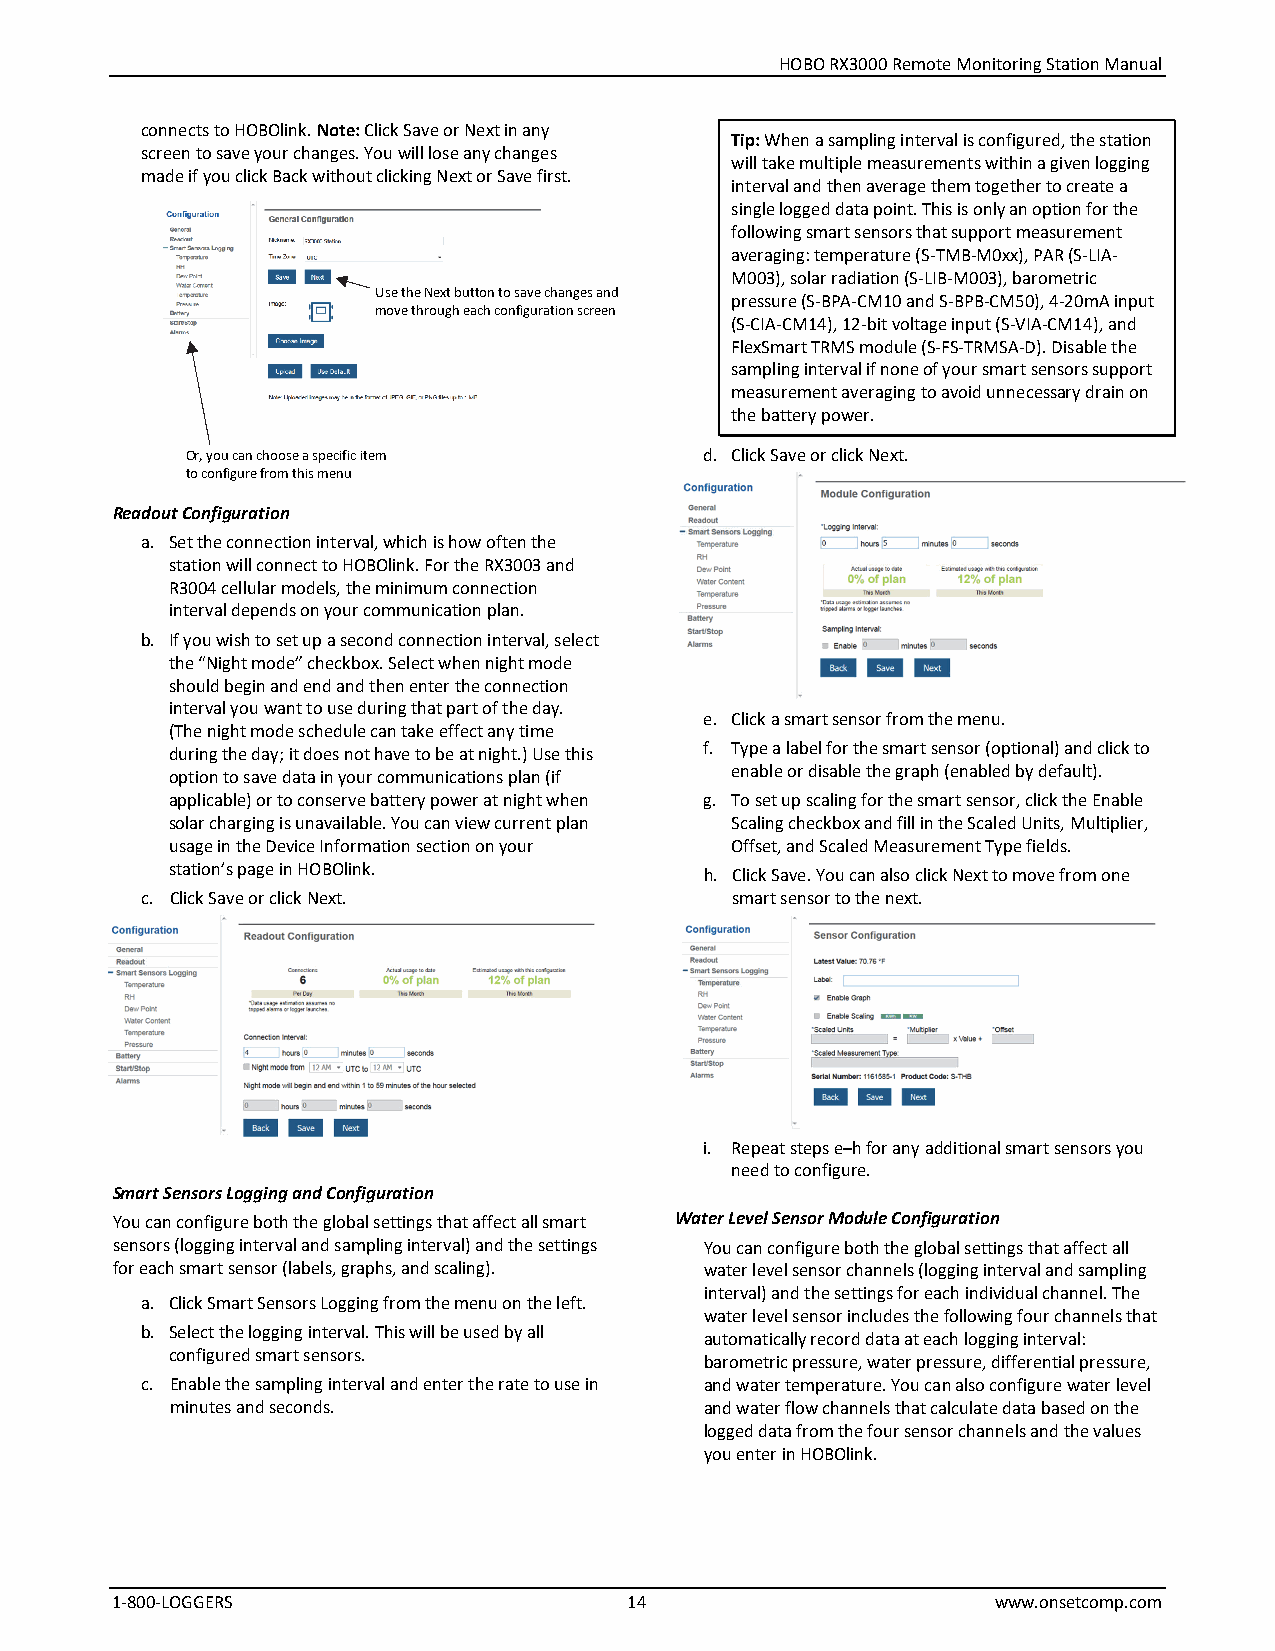
HOBO RX3000 Remote Monitoring Station Manual
 connects to HOBOlink. Note: Click Save or Next in any
 Tip: When a sampling interval is configured, the station
 screen to save your changes. You will lose any changes
 will take multiple measurements within a given logging
 made if you click Back without clicking Next or Save first.
 interval and then average them together to create a
 single logged data point. This is only an option for the
 following smart sensors that support measurement
 averaging: temperature (S-TMB-M0xx), PAR (S-LIA-
 M003), solar radiation (S-LIB-M003), barometric
 Use the Next button to save changes and
 pressure (S-BPA-CM10 and S-BPB-CM50), 4-20mA input
 move through each configuration screen
 (S-CIA-CM14), 12-bit voltage input (S-VIA-CM14), and
 FlexSmart TRMS module (S-FS-TRMSA-D). Disable the
 sampling interval if none of your smart sensors support
 measurement averaging to avoid unnecessary drain on
 the battery power.
 Or, you can choose a specific item d. Click Save or click Next.
 to configure from this menu
 Readout Configuration
 a. Set the connection interval, which is how often the
 station will connect to HOBOlink. For the RX3003 and
 R3004 cellular models, the minimum connection
 interval depends on your communication plan.
 b. If you wish to set up a second connection interval, select
 the “Night mode” checkbox. Select when night mode
 should begin and end and then enter the connection
 interval you want to use during that part of the day.
 e. Click a smart sensor from the menu.
 (The night mode schedule can take effect any time
 during the day; it does not have to be at night.) Use this f. Type a label for the smart sensor (optional) and click to
 option to save data in your communications plan (if enable or disable the graph (enabled by default).
 applicable) or to conserve battery power at night when g. To set up scaling for the smart sensor, click the Enable
 solar charging is unavailable. You can view current plan Scaling checkbox and fill in the Scaled Units, Multiplier,
 usage in the Device Information section on your Offset, and Scaled Measurement Type fields.
 station’s page in HOBOlink.
 h. Click Save. You can also click Next to move from one
 c. Click Save or click Next.           smart sensor to the next.
 i. Repeat steps e–h for any additional smart sensors you
 need to configure.
 Smart Sensors Logging and Configuration
 You can configure both the global settings that affect all smart Water Level Sensor Module Configuration
 sensors (logging interval and sampling interval) and the settings You can configure both the global settings that affect all
 for each smart sensor (labels, graphs, and scaling). water level sensor channels (logging interval and sampling
 interval) and the settings for each individual channel. The
 a. Click Smart Sensors Logging from the menu on the left.
 water level sensor includes the following four channels that
 b. Select the logging interval. This will be used by all
 automatically record data at each logging interval:
 configured smart sensors.
 barometric pressure, water pressure, differential pressure,
 c. Enable the sampling interval and enter the rate to use in and water temperature. You can also configure water level
 minutes and seconds.                and water flow channels that calculate data based on the
 logged data from the four sensor channels and the values
 you enter in HOBOlink.
 1-800-LOGGERS                      14                      www.onsetcomp.com